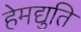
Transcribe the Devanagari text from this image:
हेमद्युति